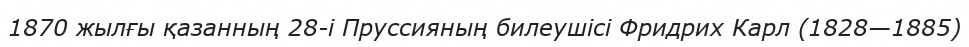
1870 жылғы қазанның 28-і Пруссияның билеушісі Фридрих Карл (1828—1885)